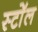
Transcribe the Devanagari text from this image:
स्टॉेल